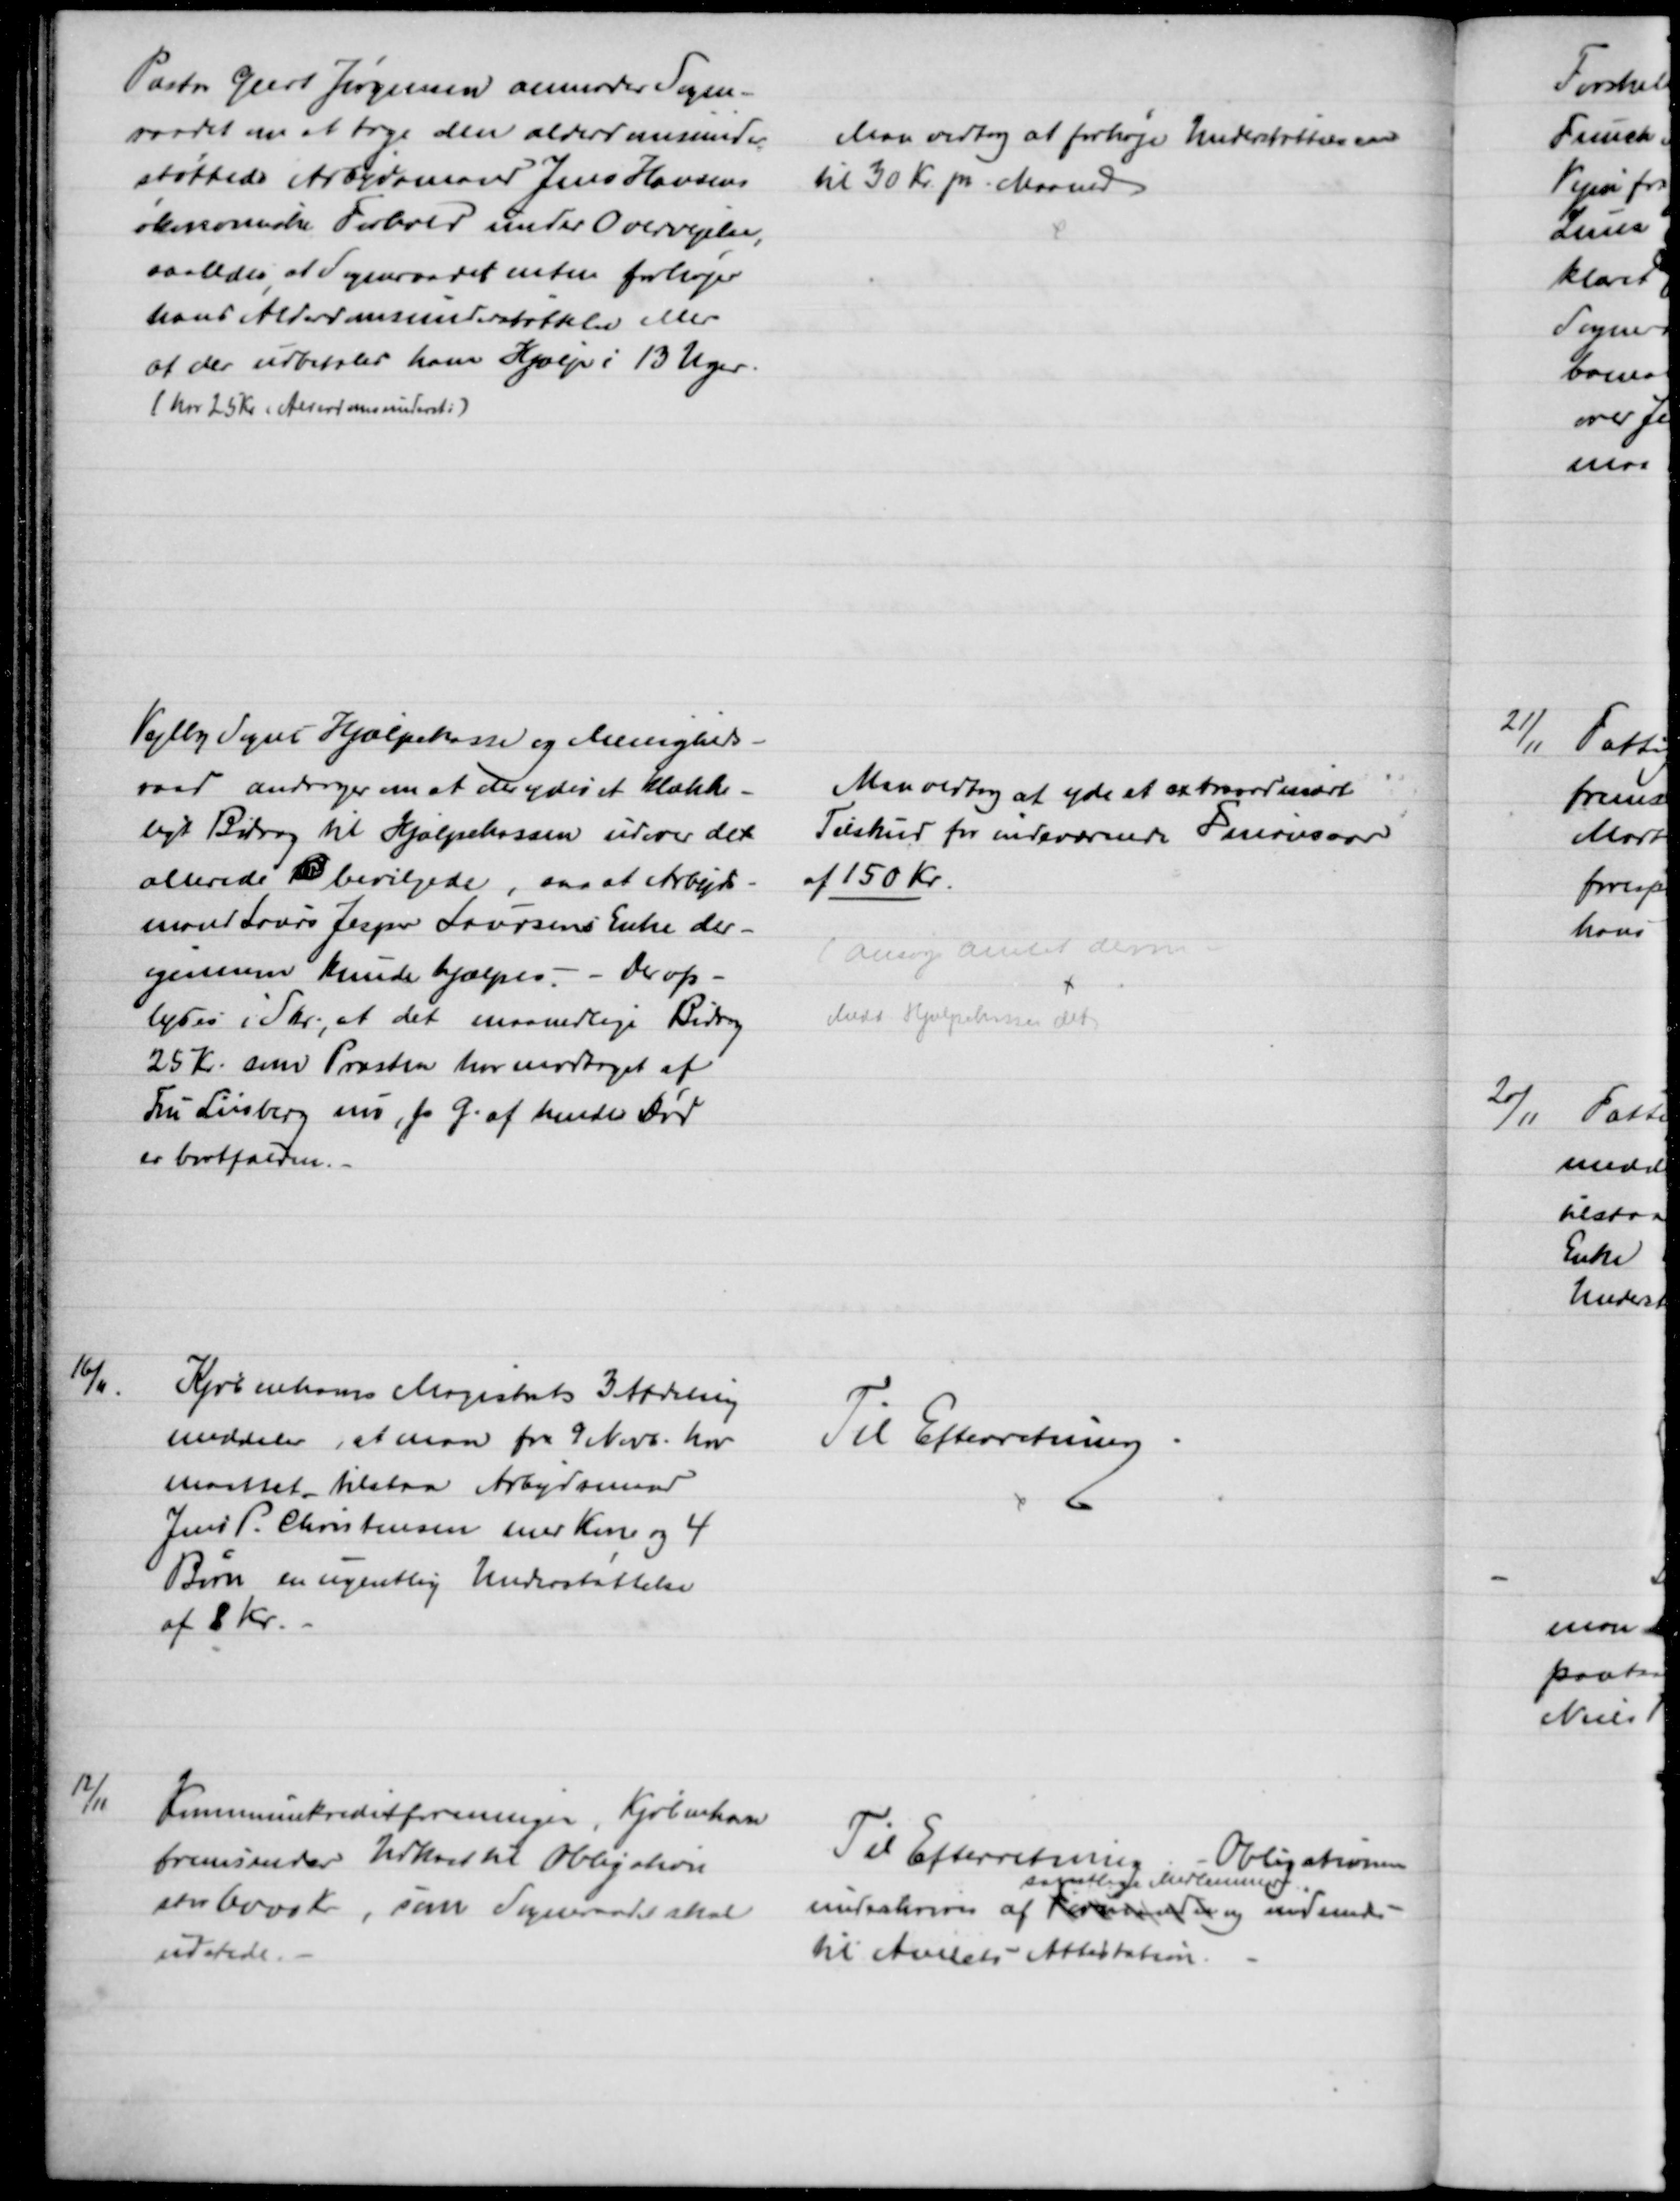
Transskription:
Pastor Geert Jørgensen anmoder Sogne-
raadet om at tage den alderdomsunder
-
støttede Arbejdsmand Jens Hansens
økonomiske Forhold under Overvejelse,
saaledes, at Sogneraadet enten forhøjer
hans Alderdomsunderstøttelse eller
at der udbetales ham Hjælp i 13 Uger
(har 25 Kr i Alderdomsunderst:)
Man vedtog at forhøje Understøttelsen
til 30 Kr. pr. Maaned
Vejlby Sogns Hjælpekasse og Menigheds-
raad andrager om at der ydes et klække-
ligt Bidrag til Hjælpekassen udover det
allerede B bevilgede, saa at Arbejds-
mand Laurs Jesper Laursens Enke der-
igennem kunde hjælpes. - Der op-
lyses i Skr., at det maanedlige Bidrag
25 Kr. som Præsten har modtaget af
Fru Liisberg nu, p G. af hendes Død
er bortfalden.
Man vedtog at yde et extraordinært
Tilskud for indeværende Finansaar
af 150 Kr.
(ansøge Amtet derom
Medd Hjælpekassen det)
16/11.
Kjøbenhavns Magistrats 3 Afdeling
meddeler, at man fra 9 Novb. har
maattet tilstaa Arbejdsmand
Jens P. Christensen med Kone og 4
Børn en ugentlig Understøttelse
af 8 Kr.
Til Efterretning
12/11
Kommunekreditforeningen, Kjøbenhavn
fremsender Udkast til Obligation
stor 6000 Kr, som Sogneraadet skal
udstede. 
Til Efterretning
Obligationen
underskrives af Formanden 
samtlige Medlemmer
og indsendes
til Amtets Attestation.